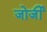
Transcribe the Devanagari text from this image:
जोर्जी